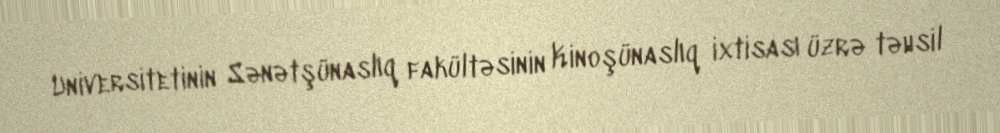
Universitetinin Sənətşünaslıq fakültəsinin Kinoşünaslıq ixtisası üzrə təhsil